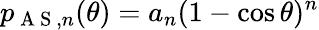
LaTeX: p_{\mathrm{~A~S~},n}(\theta)=a_{n}(1-\cos\theta)^{n}